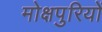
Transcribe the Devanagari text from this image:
मोक्षपुरियों